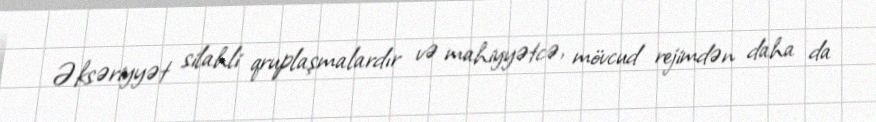
Əksəriyyət silahli qruplaşmalardır və mahiyyətcə, mövcud rejimdən daha da